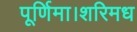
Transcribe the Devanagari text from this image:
पूर्णिमा।शरिमध